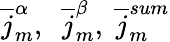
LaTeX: {\overline{{j}}}_{m}^{\alpha},\ \ {\overline{{j}}}_{m}^{\beta},\ {\overline{{j}}}_{m}^{sum}